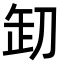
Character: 𠛺